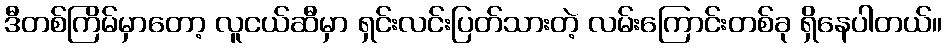
ဒီတစ်ကြိမ်မှာတော့ လူငယ်ဆီမှာ ရှင်းလင်းပြတ်သားတဲ့ လမ်းကြောင်းတစ်ခု ရှိနေပါတယ်။